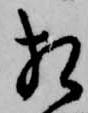
相